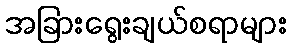
အခြားရွေးချယ်စရာများ